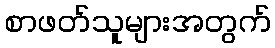
စာဖတ်သူများအတွက်